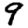
Digit: 9